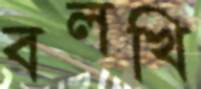
বলখি